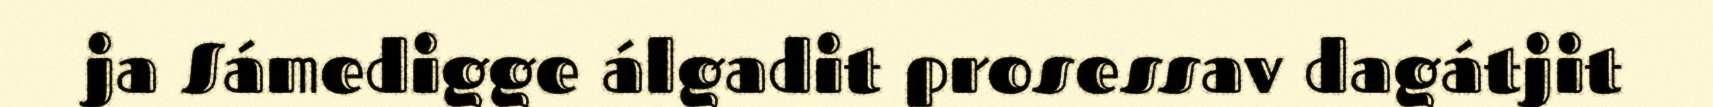
ja Sámedigge álgadit prosessav dagátjit